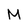
Character: M